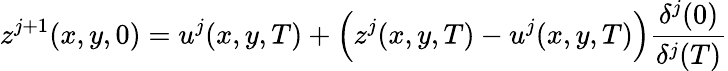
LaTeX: z^{j+1}(x,y,0)=u^{j}(x,y,T)+\Big(z^{j}(x,y,T)-u^{j}(x,y,T)\Big)\frac{\delta^{j}(0)}{\delta^{j}(T)}